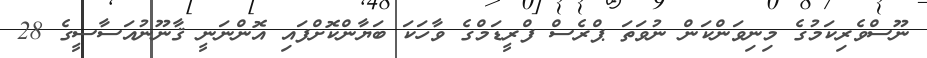
ނޫސްވެރިކަމުގެ މިނިވަންކަން ނުވަތަ ޕްރެސް ފްރީޑަމްގެ ވާހަކަ ބަޔާންކޮށްފައި އޮންނަނީ ޤާނޫނުއަސާސީގެ 28